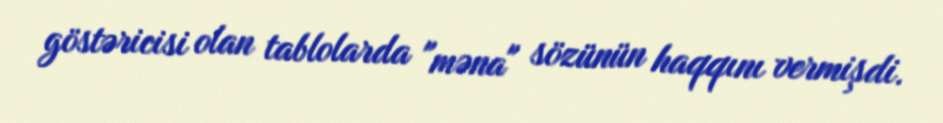
göstəricisi olan tablolarda "məna" sözünün haqqını vermişdi.